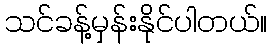
သင်ခန့်မှန်းနိုင်ပါတယ်။